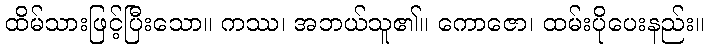
ထိမ်သားဖြင့်ပြီးသော။ ကဿ၊ အဘယ်သူ၏။ ကောဇော၊ ထမ်းပိုပေးနည်း။